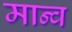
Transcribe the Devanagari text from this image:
मान्व